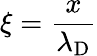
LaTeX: \xi={\frac{x}{\lambda_{\mathrm{D}}}}